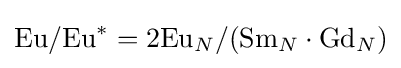
{\text{Eu}}/{\text{Eu}}^{*}=2{\text{Eu}}_{N}/({\text{Sm}}_{N}\cdot {\text{Gd}}_{N})